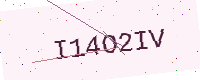
Text: I14O2IV